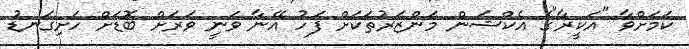
ކަމަށްވާ "އަކީރާ"ގެ އެކްޝަން މަންޒަރުތަކަށް ފަހު އޭނާ ވަނީ ވަރަށް ބޮޑަށް ހަށިގަނޑު